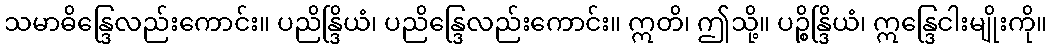
သမာဓိန္ဒြေလည်းကောင်း။ ပညိန္ဒြိယံ၊ ပညိန္ဒြေလည်းကောင်း။ ဣတိ၊ ဤသို့။ ပဉ္စိန္ဒြိယံ၊ ဣန္ဒြေငါးမျိုးကို။